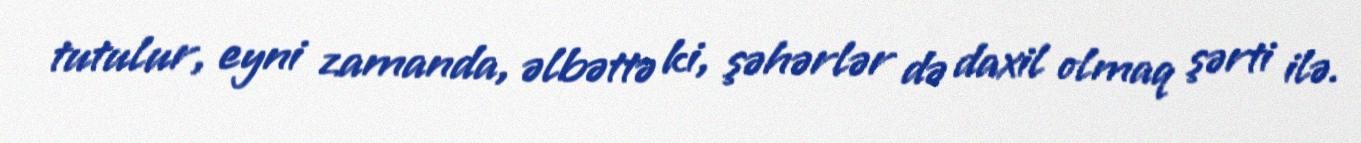
tutulur, eyni zamanda, əlbəttə ki, şəhərlər də daxil olmaq şərti ilə.